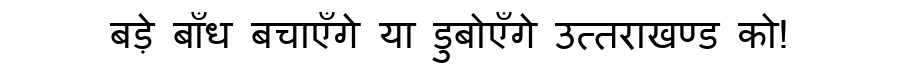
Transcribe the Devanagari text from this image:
बड़े बाँध बचाएँगे या डुबोएँगे उत्तराखण्ड को!